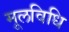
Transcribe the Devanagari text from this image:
मूलविधि